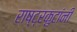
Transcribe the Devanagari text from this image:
राष्ट्रकुटांनी